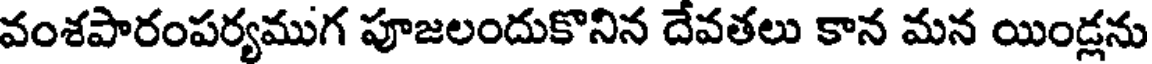
వంశపారంపర్యముగ పూజలందుకొనిన దేవతలు కాన మన యిండ్లను